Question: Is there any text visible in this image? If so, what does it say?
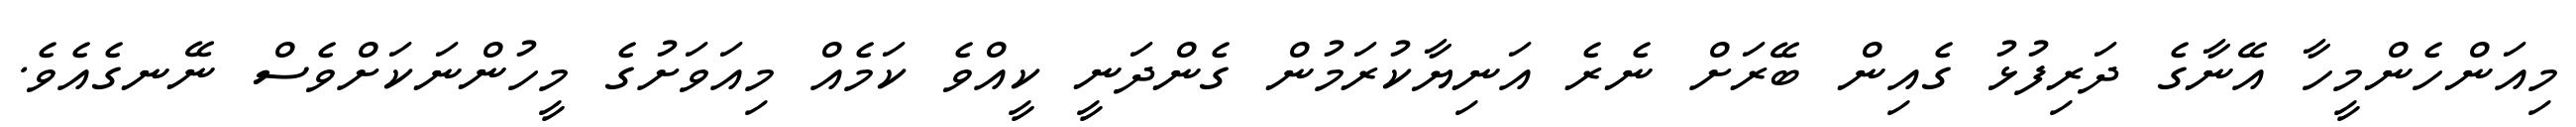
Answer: މިއަންހެންމީހާ އޭނާގެ ދަރިފުޅު ގެއިން ބޭރަށް ނެރެ އަނިޔާކުރަމުން ގެންދަނީ ކީއްވެ ކަމެއް މިއަވަށުގެ މީހުންނަކަށްވެސް ނޭނގެއެވެ.